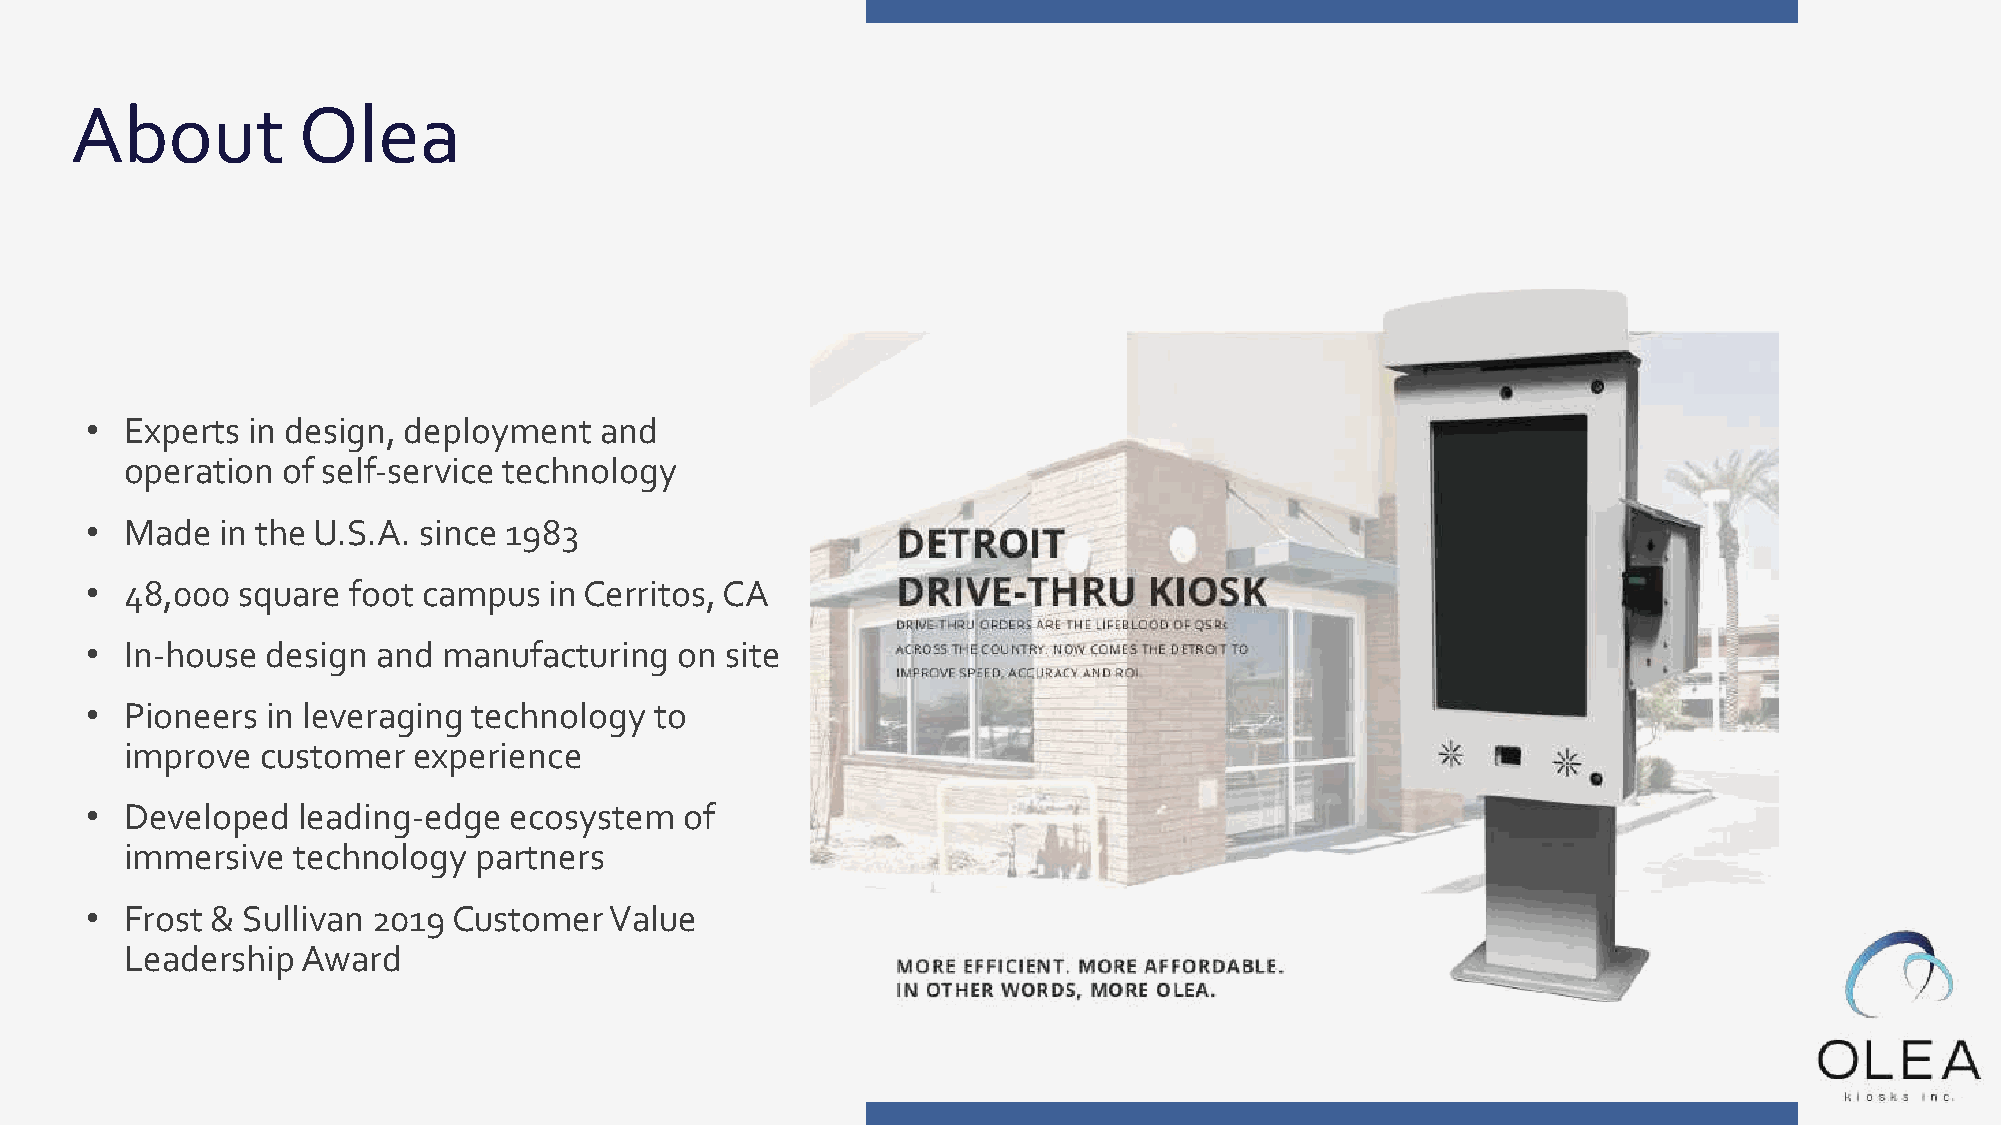
About          Olea
 • Experts in design, deployment   and
 operation  of self-service technology
 • Made   in the U.S.A. since 1983
 • 48,000  square foot campus  in Cerritos, CA
 • In-house  design and manufacturing   on site
 • Pioneers  in leveraging technology to
 improve  customer  experience
 • Developed   leading-edge  ecosystem  of
 immersive  technology  partners
 • Frost & Sullivan 2019 Customer  Value
 Leadership  Award